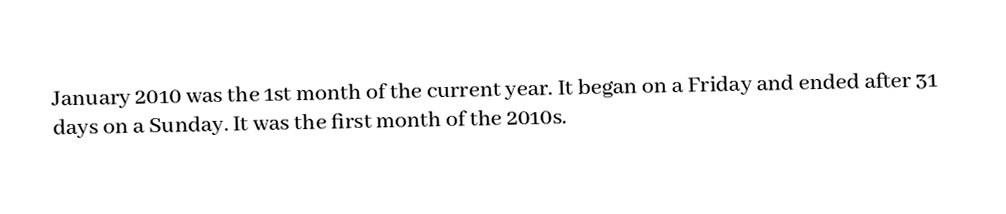
January 2010 was the 1st month of the current year. It began on a Friday and ended after 31 days on a Sunday. It was the first month of the 2010s.